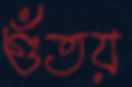
গুঁতয়